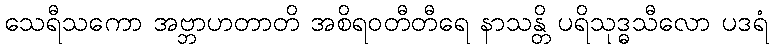
သေရီသကော အဗ္ဘာဟတာတိ အစိရဝတီတီရေ နာသန္တိ ပရိသုဒ္ဓသီလော ပဒရံ